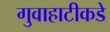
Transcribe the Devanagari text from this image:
गुवाहाटीकडे